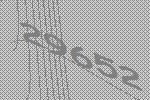
29652